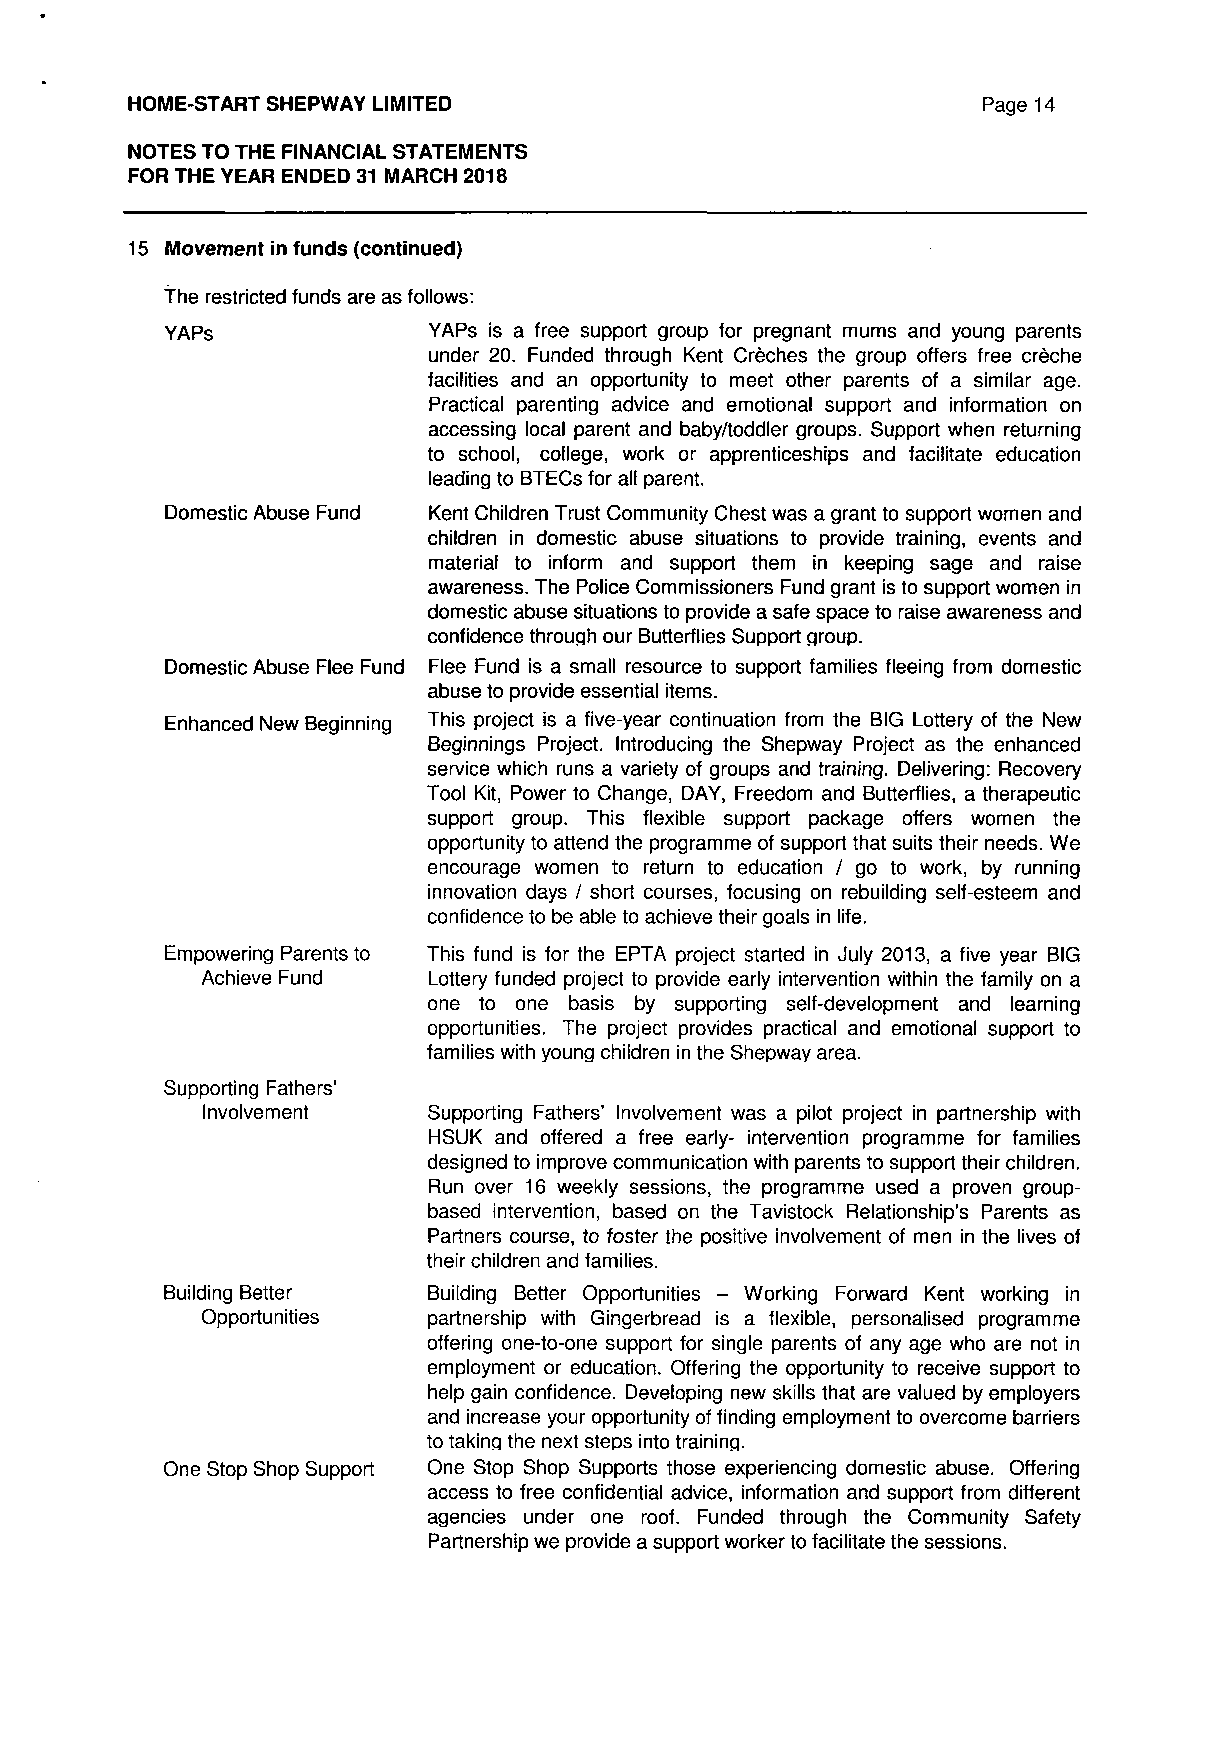
HOME-START SHEPWAY LIMITED                               Page 14
 NOTES TO THE FINANCIAL STATEMENTS
 FOR THE YEAR ENDED 31 MARCH 2018
 15 Movement in funds (continued)
 The restricted funds are as follows:
 YAPs             YAPs is a free support group for pregnant mums and young parents
 under 20. Funded through Kent Creches the group offers free creche
 facilities and an opportunity to meet other parents of a similar age.
 Practical parenting advice and emotional support and information on
 accessing local parent and baby/toddler groups. Support when returning
 to school, college, work or apprenticeships and facilitate education
 leading to BTECs for all parent.
 Domestic Abuse Fund Kent Children Trust Community Chest was a grant to support women and
 children in domestic abuse situations to provide training, events and
 material to inform and support them in keeping sage and raise
 awareness. The Police Commissioners Fund grant is to support women in
 domestic abuse situations to provide a safe space to raise awareness and
 confidence through our Butterflies Support group.
 Domestic Abuse Flee Fund Flee Fund is a small resource to support families fleeing from domestic
 abuse to provide essential items.
 Enhanced New Beginning This project is a five-year continuation from the BIG Lottery of the New
 Beginnings Project. Introducing the Shepway Project as the enhanced
 service which runs a variety of groups and training. Delivering: Recovery
 Tool Kit, Power to Change, DAY, Freedom and Butterflies, a therapeutic
 support group. This flexible support package offers women the
 opportunity to attend the programme of support that suits their needs. We
 encourage women to return to education / go to work, by running
 innovation days / short courses, focusing on rebuilding self-esteem and
 confidence to be able to achieve their goals in life.
 Empowering Parents to This fund is for the EPTA project started in July 2013, a five year BIG
 Achieve Fund   Lottery funded project to provide early intervention within the family on a
 one to one basis by supporting self-development and learning
 opportunities. The project provides practical and emotional support to
 families with young children in the Shepway area.
 Supporting Fathers'
 Involvement    Supporting Fathers' Involvement was a pilot project in partnership with
 HSUK and offered a free early- intervention programme for families
 designed to improve communication with parents to support their children.
 Run over 16 weekly sessions, the programme used a proven group-
 based intervention, based on the Tavistock Relationship's Parents as
 Partners course, to foster the positive involvement of men in the lives of
 their children and families.
 Building Better  Building Better Opportunities - Working Forward Kent working in
 Opportunities  partnership with Gingerbread is a flexible, personalised programme
 offering one-to-one support for single parents of any age who are not in
 employment or education. Offering the opportunity to receive support to
 help gain confidence. Developing new skills that are valued by employers
 and increase your opportunity of finding employment to overcome barriers
 to taking the next steps into training.
 One Stop Shop Support One Stop Shop Supports those experiencing domestic abuse. Offering
 access to free confidential advice, information and support from different
 agencies under one roof. Funded through the Community Safety
 Partnership we provide a support worker to facilitate the sessions.